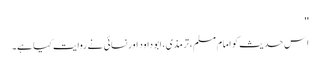
''
اِس حدیث کو امام مسلم، ترمذی، ابو داود اور نسائی نے روایت کیا ہے۔